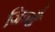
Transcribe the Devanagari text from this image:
जिन्हैं